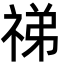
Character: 祶